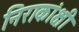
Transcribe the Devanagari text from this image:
निराकांक्षी